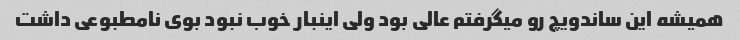
همیشه این ساندویچ رو میگرفتم عالی بود ولی اینبار خوب نبود بوی نامطبوعی داشت